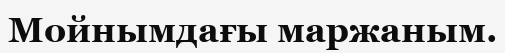
Мойнымдағы маржаным.